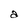
Character: a